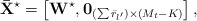
\begin{align*} {{\bf{\bar X}}^{\star}} = \left[ {{{\bf{W}}^{\star}},{{\bf{0}}_{\left( {\sum {{{\bar r}_{l'}}} } \right) \times \left( {{M_t} - K} \right)}}} \right], \end{align*}